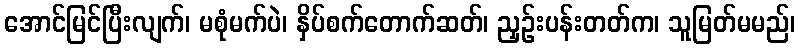
အောင်မြင်ပြီးလျက်၊ မစုံမက်ပဲ၊ နှိပ်စက်တောက်ဆတ်၊ ညှဉ်းပန်းတတ်က၊ သူမြတ်မမည်၊